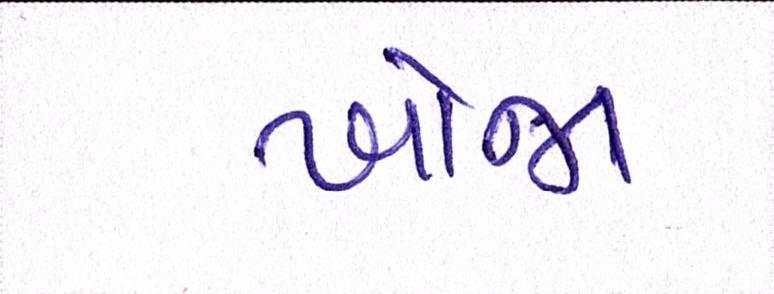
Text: ખોજા